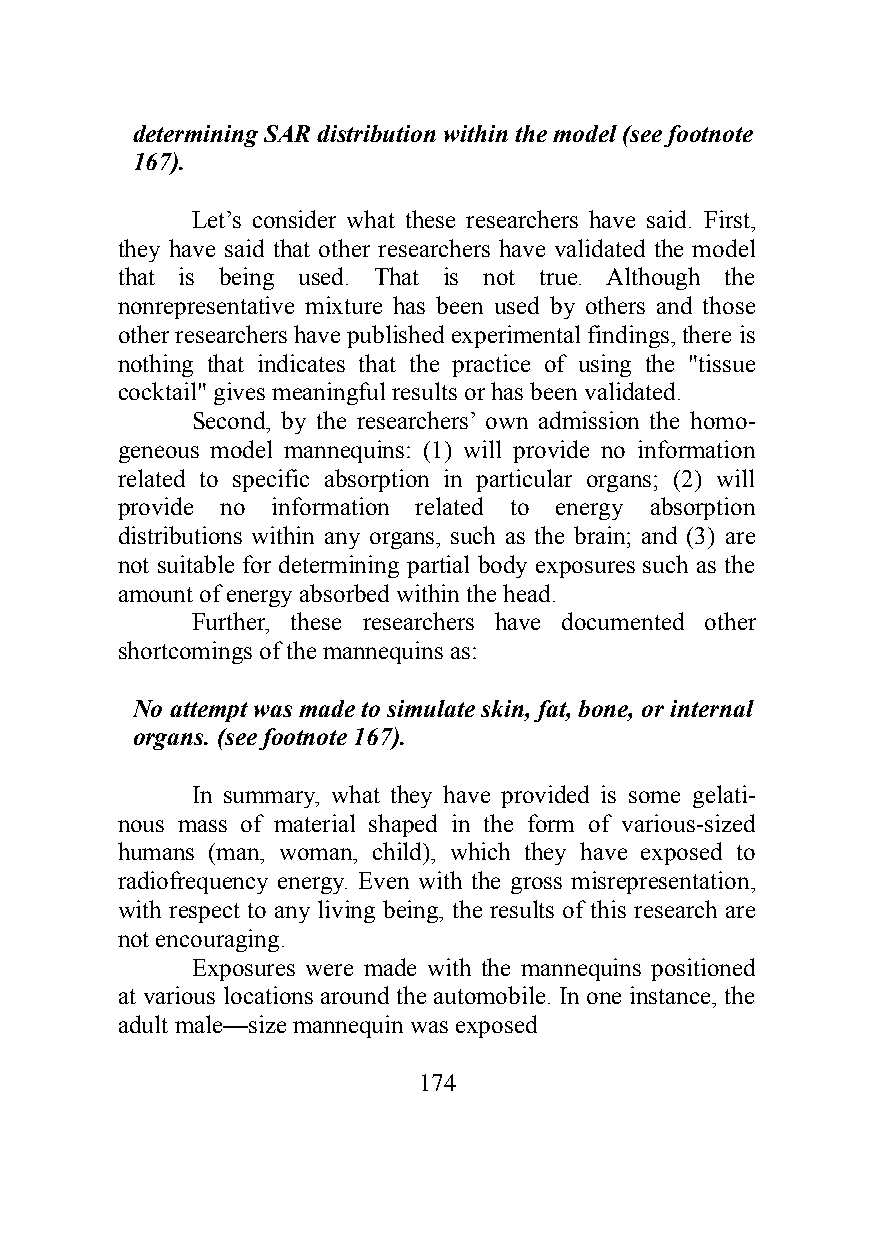
determining SAR distribution within the model (see footnote
 167).
 Let’s consider what these researchers have said. First,
 they have said that other researchers have validated the model
 that is being used. That is not true. Although the
 nonrepresentative mixture has been used by others and those
 other researchers have published experimental findings, there is
 nothing that indicates that the practice of using the "tissue
 cocktail" gives meaningful results or has been validated.
 Second, by the researchers’ own admission the homo-
 geneous model mannequins: (1) will provide no information
 related to specific absorption in particular organs; (2) will
 provide no information related to energy absorption
 distributions within any organs, such as the brain; and (3) are
 not suitable for determining partial body exposures such as the
 amount of energy absorbed within the head.
 Further, these researchers have documented other
 shortcomings of the mannequins as:
 No attempt was made to simulate skin, fat, bone, or internal
 organs. (see footnote 167).
 In summary, what they have provided is some gelati-
 nous mass of material shaped in the form of various-sized
 humans (man, woman, child), which they have exposed to
 radiofrequency energy. Even with the gross misrepresentation,
 with respect to any living being, the results of this research are
 not encouraging.
 Exposures were made with the mannequins positioned
 at various locations around the automobile. In one instance, the
 adult male—size mannequin was exposed
 174